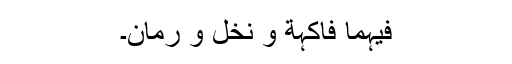
فیہِما فاکِہَة وَ نَخْل وَ رُمَّان۔